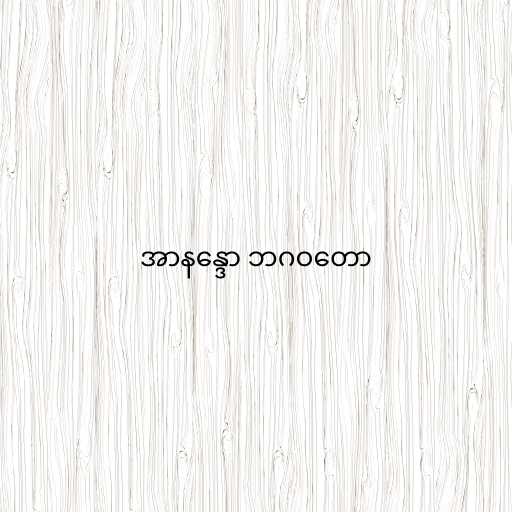
အာနန္ဒော ဘဂဝတော